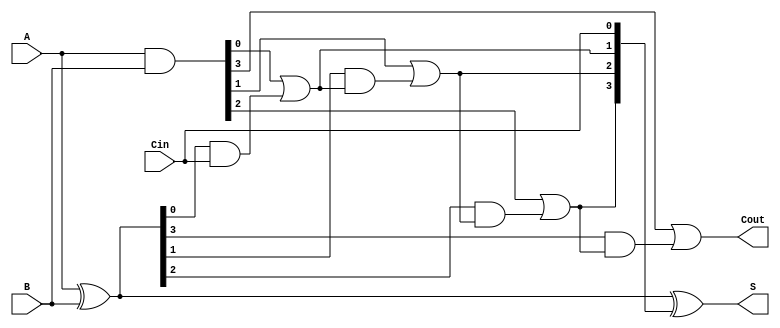
module RCLA #(parameter n = 4) (
    input  [n-1:0] A,      // First operand
    input  [n-1:0] B,      // Second operand
    input         Cin,      // Carry-in
    output [n-1:0] S,      // Sum output
    output        Cout      // Carry-out
);

    // Generate and propagate signals
    wire [n-1:0] P; // Propagate signals
    wire [n-1:0] G; // Generate signals
    wire [n:0] C;   // Carry signals

    // Generate and propagate calculations
    assign P = A ^ B; // P[i] = A[i] XOR B[i]
    assign G = A & B; // G[i] = A[i] AND B[i]

    // Carry lookahead logic
    assign C[0] = Cin; // C[0] = Cin
    genvar i;
    generate
        for (i = 0; i < n; i = i + 1) begin : carry_generation
            if (i == 0) begin
                assign C[i + 1] = G[i] | (P[i] & C[i]);
            end else begin
                assign C[i + 1] = G[i] | (P[i] & C[i]);
            end
        end
    endgenerate

    // Sum calculation
    assign S = P ^ C[n-1:0]; // S[i] = P[i] XOR C[i]

    // Final carry-out
    assign Cout = C[n]; // Cout = C[n]

endmodule